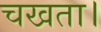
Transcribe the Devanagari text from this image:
चखता।